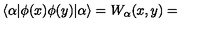
\langle \alpha | \phi ( x ) \phi ( y ) | \alpha \rangle = W _ { \alpha } ( x , y ) =